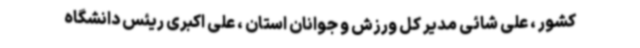
کشور ، علی شائی مدیر کل ورزش و جوانان استان ، علی اکبری ریئس دانشگاه